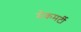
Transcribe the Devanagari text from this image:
मेकमर्टी